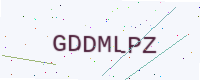
Text: GDDMLPZ